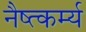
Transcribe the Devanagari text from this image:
नैष्त्कर्म्य